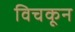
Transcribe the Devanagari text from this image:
विचकून